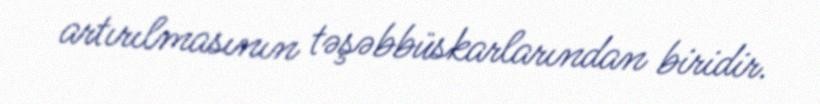
artırılmasının təşəbbüskarlarından biridir.